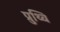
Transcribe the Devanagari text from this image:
प्रुथ्वि